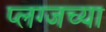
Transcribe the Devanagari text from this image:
प्लग्जच्या